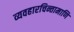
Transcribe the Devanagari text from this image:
व्यवहारचिन्तामाणि